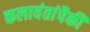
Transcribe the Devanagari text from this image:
कलावंतांपैकी